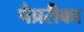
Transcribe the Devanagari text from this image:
पैप्ररीका